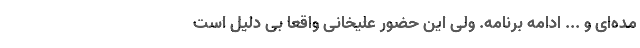
مده‌ای و ... ادامه برنامه. ولی این حضور علیخانی واقعا بی دلیل است